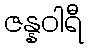
ဇန္နဝါရီ